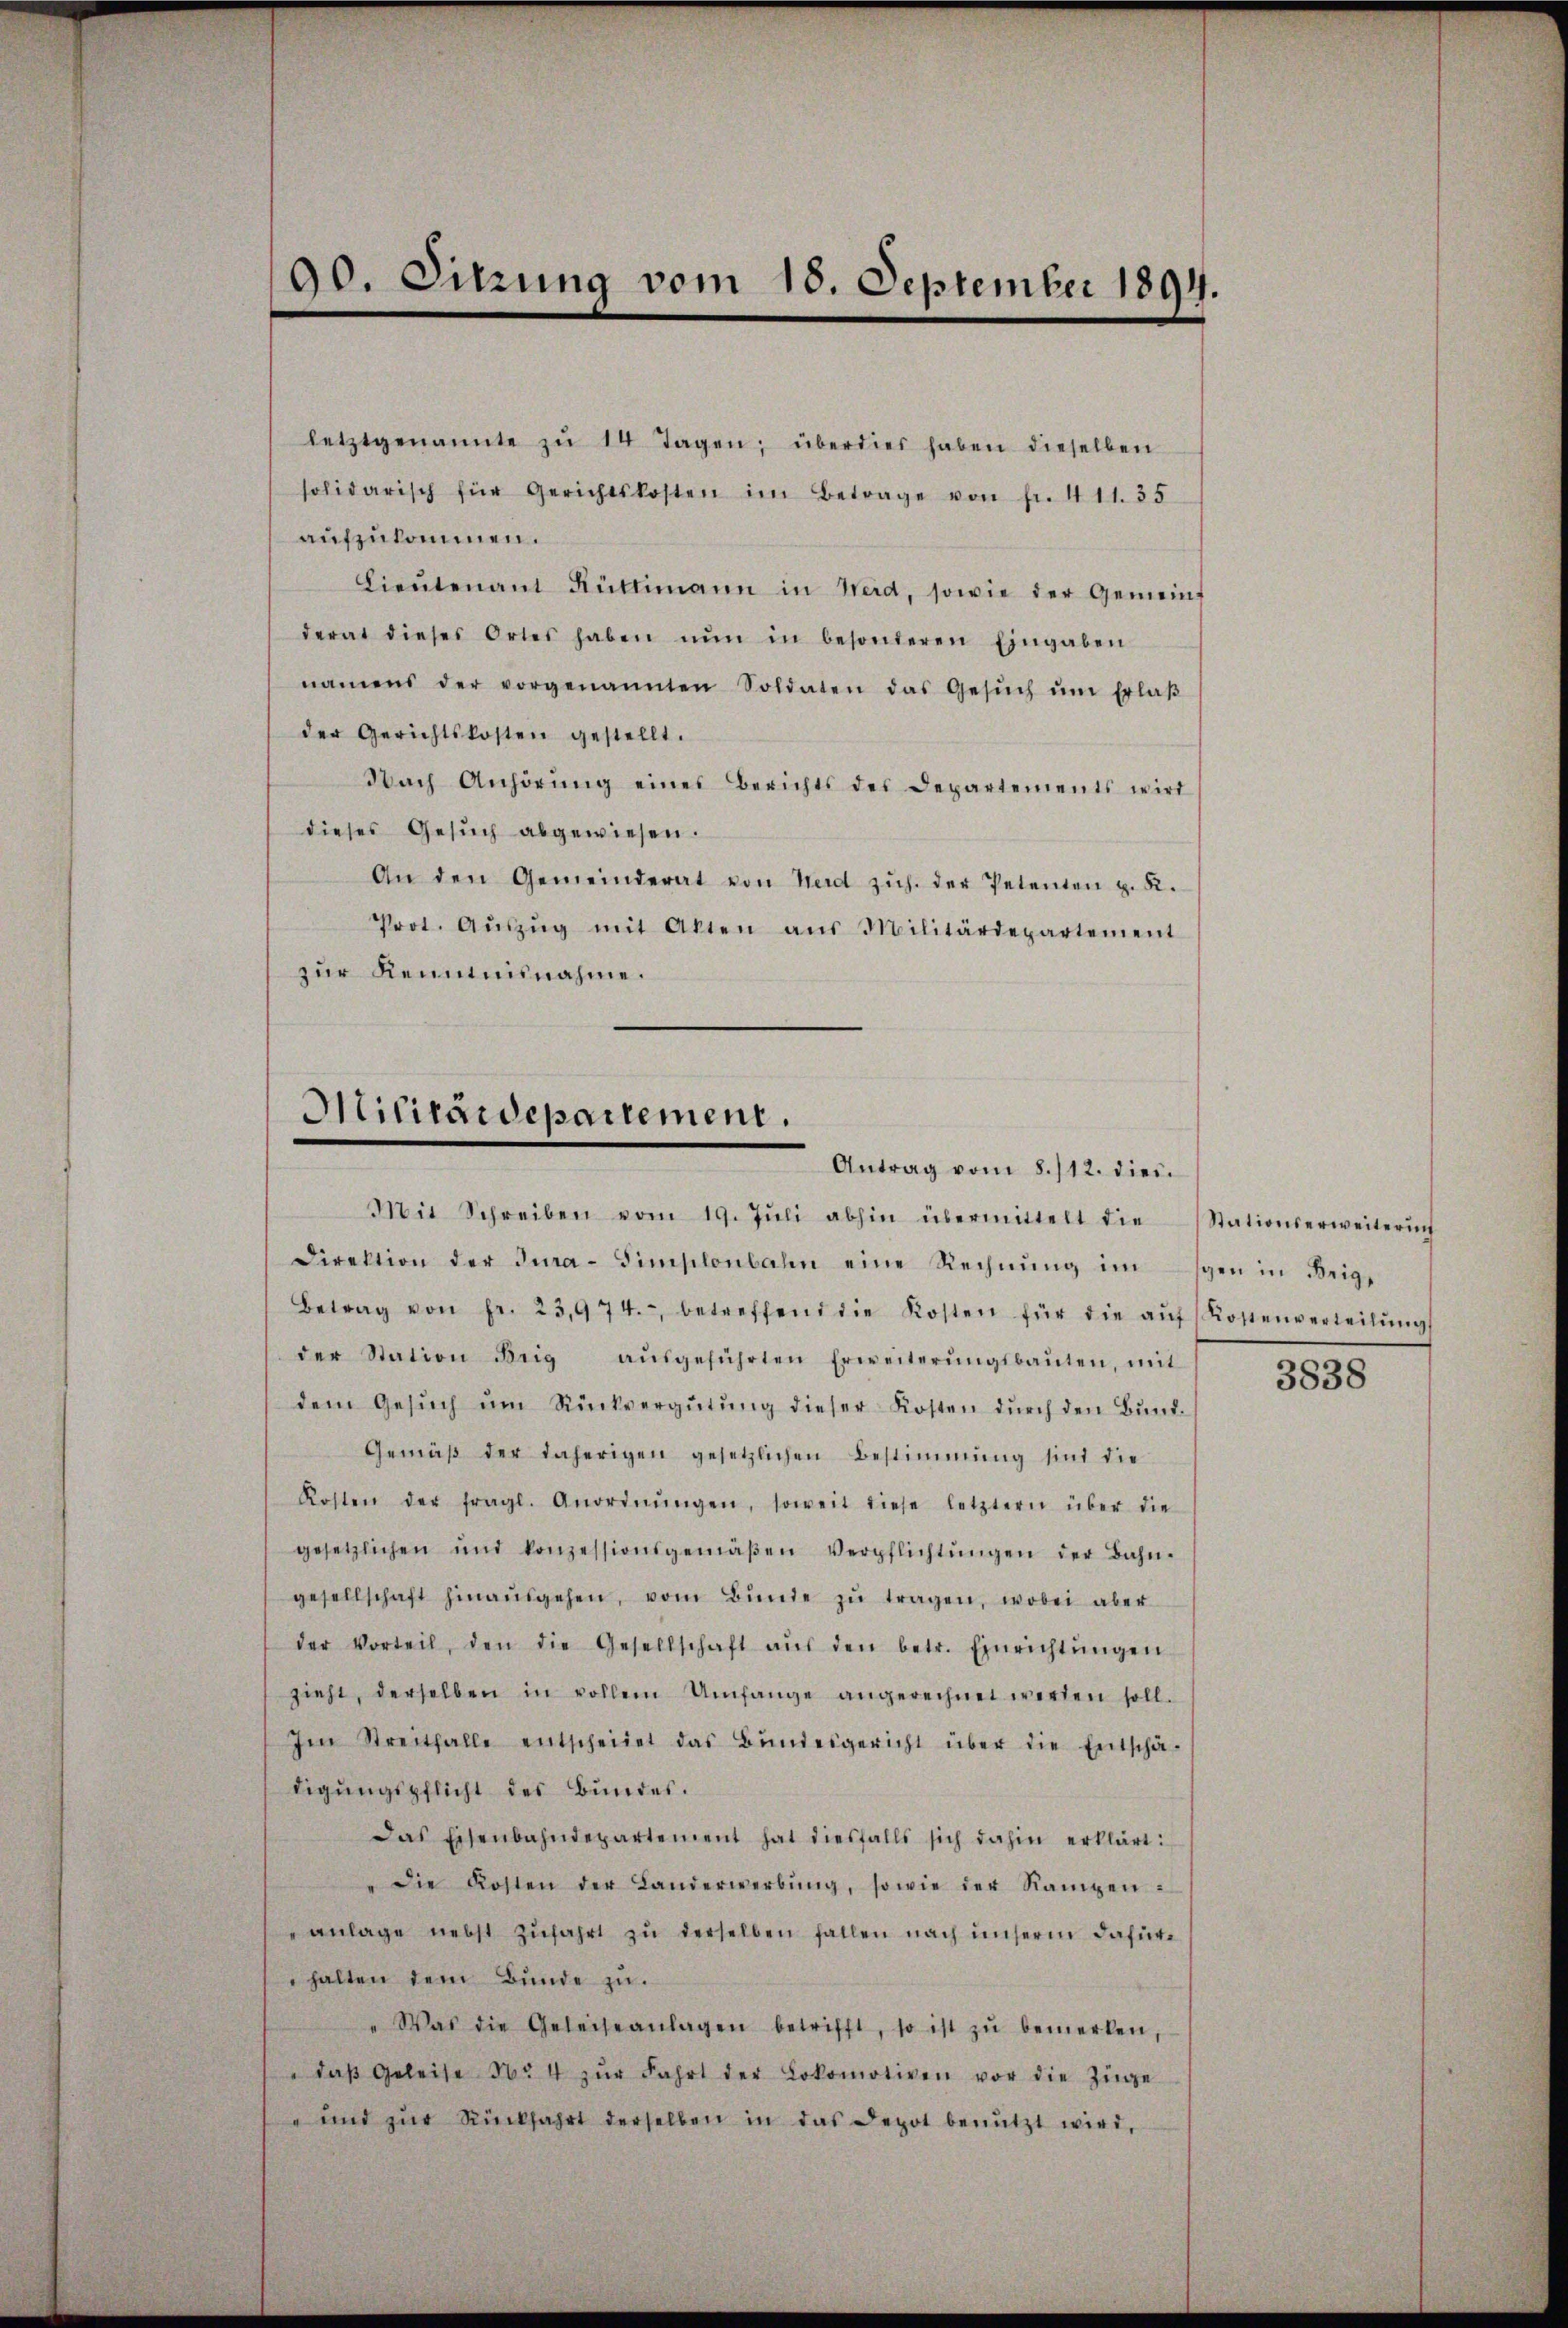
90. Sitzung vom 15. September 1894.

letztgenannte zŭ 14 Tagen; überdies haben dieselben
solidarisch für Gerichtskosten im Betrage von fr. 411. 35
aufzukommen.
Lieŭtenant Rüttimann in Weid, sowie der Gemeins
derat dieses Ortes haben nŭn in besonderen Eingaben
namens der vorgenannten Soldaten das Gesŭch ŭm Erlaβ
der Gerichtskosten gestellt.
Nach Anhörŭng eines Berichts des Departements wird
dieses Gesuch abgewiesen.
An den Gemeinderat von Herd zŭh. der Petenten u. R.
Prot. Aŭszŭg mit Akten aŭs Militärdepartement
zur Kenntnisnahme.

Militärdepartement.
Antrag vom 8./12. dies

Mit Schreiben vom 19. Jŭli abhin übermittelt die Stationserweiterŭn
Direktion der Jura-Simplonbahn eine Rechnŭng im gen in Brig,
Betrag von fr. 23,974., betreffend die Kosten für die aŭf Kostenverteilŭng
der Station Brig aŭsgeführten Erweiterŭngsbaŭten, mit 2630
dem Gesŭch ŭm Rückvergütŭng dieser Kosten dŭrch den Bŭnd-
Gemäβ der daherigen gesetzlichen Bestimmung sind die
Kosten der fragl. Anordnŭngen, soweit diese letztern über die
gesetzlichen und konzessionsgemäβen Verpflichtŭngen der Bahn-
gesellschaft hinaŭsgehen, vom Bunde zŭ tragen, wobei aber
der Vorteil, den die Gesellschaft aŭs den betr. Einrichtŭngen
zieht, derselben in vollem Umfange angerechnet werden soll.
Im Streitfalle entscheidet das Bŭndesgericht über die Entschä-
digungspflicht des Bundes.
Das Eisenbahndepartement hat diesfalls sich dahin erklärt:
" die Kosten der Landerwerbŭng, sowie der Rampen-
anlage nebst Zŭfahrt zu derselben fallen nach unserm dafür
halten dem Bunde zu.
" Was die Geleiseanlagen betrifft, so ist zŭ bemerken,
" daβ Geleise No 4 zŭr Fahrt der Lokomotiven vor die Züge
" und zŭr Rückfahrt derselben in das Depot benŭtzt wird,